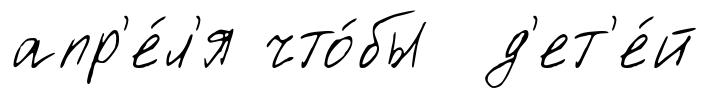
апр'е́л'я что́бы д'ет'е́й